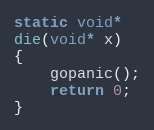
Language: C
static void*
die(void* x)
{
	gopanic();
	return 0;
}